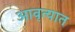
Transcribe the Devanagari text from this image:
आवृत्यात